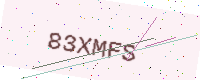
Text: 83XMFS